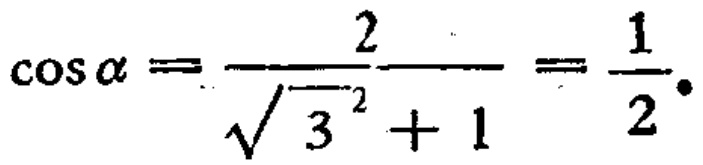
\(\cos \alpha = \frac{2}{\sqrt{3^{2}+1}} = \frac{1}{2}\)